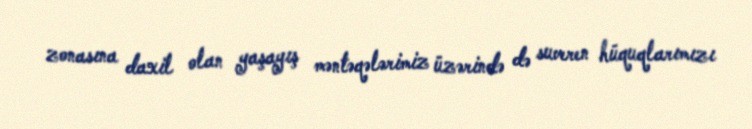
zonasına daxil olan yaşayış məntəqələrimiz üzərində də suveren hüquqlarımızı